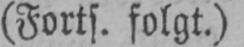
(Forts. folgt.)